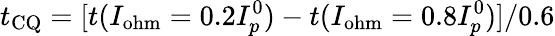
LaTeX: t_{\mathrm{CQ}}=[t(I_{\mathrm{ohm}}=0.2I_{p}^{0})-t(I_{\mathrm{ohm}}=0.8I_{p}^{0})]/0.6